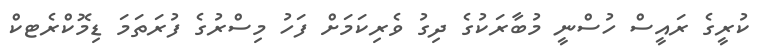
ކުރީގެ ރައީސް ހުސްނީ މުބާރަކުގެ ދިގު ވެރިކަމަށް ފަހު މިސްރުގެ ފުރަތަމަ ޑިމޮކްރެޓކް